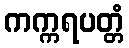
ကက္ကရပတ္တံ